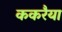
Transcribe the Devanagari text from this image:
ककरैया